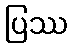
ပြဿ